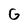
Character: G